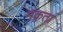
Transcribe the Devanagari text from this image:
मक़ता